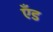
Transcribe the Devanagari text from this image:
एँड